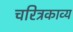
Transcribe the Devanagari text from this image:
चरित्रकाव्य